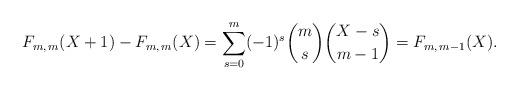
LaTeX: \begin{align*}F_{m,\,m}(X+1) - F_{m,\,m}(X) = \sum_{s=0}^m (-1)^s\binom{m}{s}\binom{X-s}{m-1} = F_{m,\,m-1}(X).\end{align*}